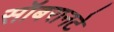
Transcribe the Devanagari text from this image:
सॉबरानटे